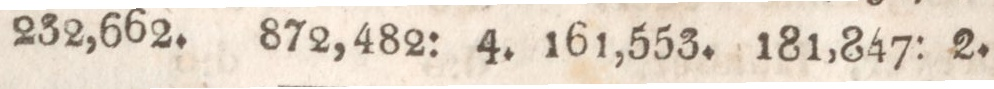
1231.    232,662.    872,482:    4. 161,553.    181,847: 2.